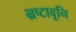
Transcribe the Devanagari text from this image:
भ्रष्टावूनि